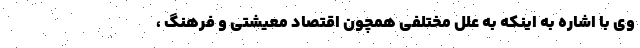
وی با اشاره به اینکه به علل مختلفی همچون اقتصاد معیشتی و فرهنگ ،